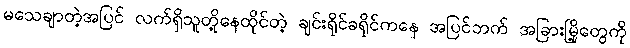
မသေချာတဲ့အပြင် လက်ရှိသူတို့နေထိုင်တဲ့ ချင်းရိုင်ခရိုင်ကနေ အပြင်ဘက် အခြားမြို့တွေကို